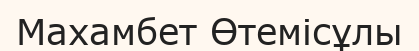
Махамбет Өтемісұлы